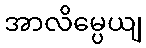
အာလိမ္ပေယျ